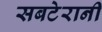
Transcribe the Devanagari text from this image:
सबटेरानी